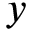
y